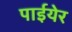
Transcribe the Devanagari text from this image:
पाईयेर